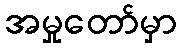
အမှုတော်မှာ